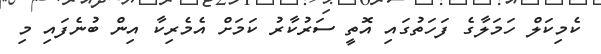
ކެމިކަލް ހަމަލާގެ ފަހަތުގައި އޮތީ ސަރުކާރު ކަމަށް އެމެރިކާ އިން ބުނެފައި މި